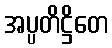
အပ္ပတိဋ္ဌိတေ